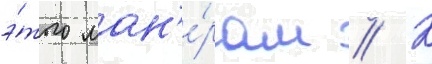
э́того ман'е́рам // К